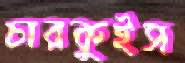
চারকুইস